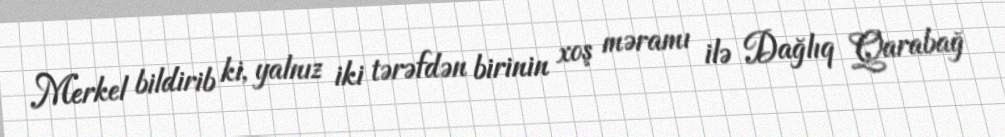
Merkel bildirib ki, yalnız iki tərəfdən birinin xoş məramı ilə Dağlıq Qarabağ